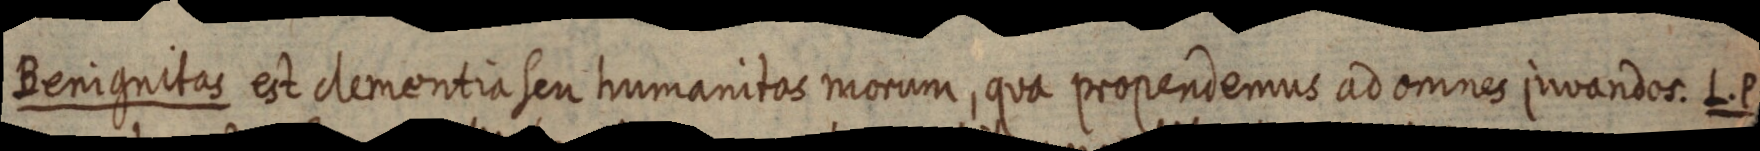
Benignitas est clementia seu humanitas morum, qua propendemus ad omnes juvandos. L. P